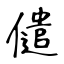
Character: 儙